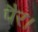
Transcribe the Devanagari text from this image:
पैर।